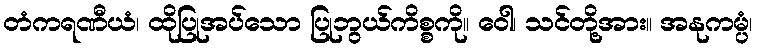
တံကရဏီယံ၊ ထိုပြုအပ်သော ပြုဘွယ်ကိစ္စကို။ ဝေါ၊ သင်တို့အား။ အနုကမ္ပံ၊